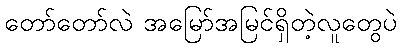
တော်တော်လဲ အမြော်အမြင်ရှိတဲ့လူတွေပဲ